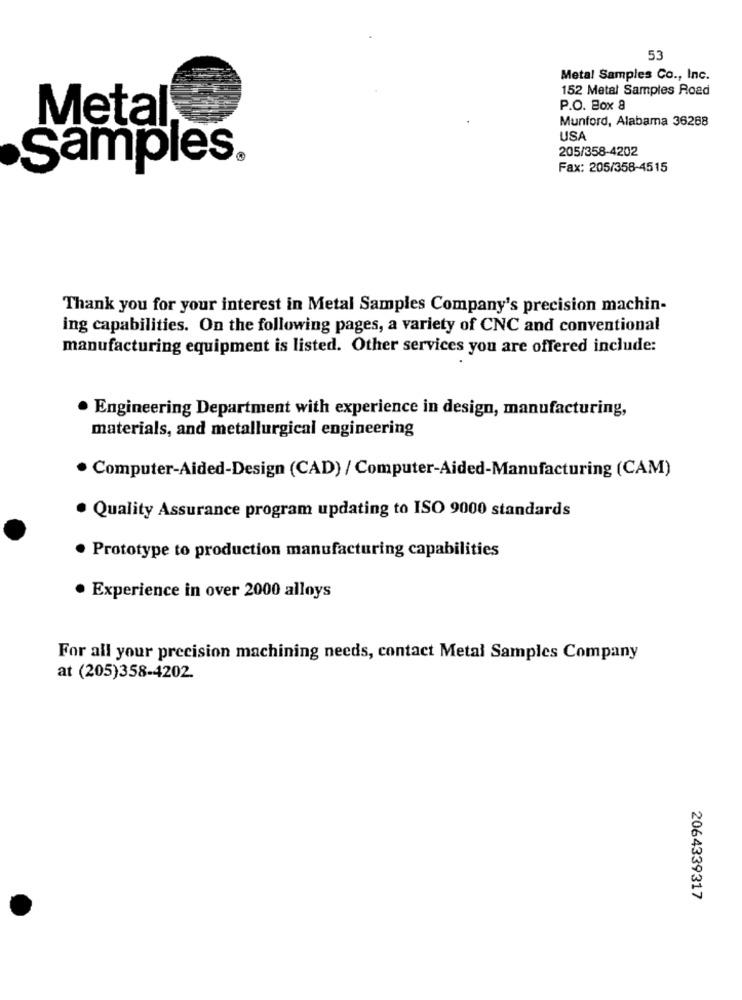
53
Metal Samples Co ., Inc.
152 Metal Samples Road
P.O. Box 8
Metal
Munford, Alabama 36288
USA
205/358-4202
Samples.
Fax: 205/358-4515
Thank you for your interest in Metal Samples Company's precision machin-
ing capabilities. On the following pages, a variety of CNC and conventional
manufacturing equipment is listed. Other services you are offered include:
· Engineering Department with experience in design, manufacturing,
materials, and metallurgical engineering
Computer-Aided-Design (CAD) / Computer-Aided-Manufacturing (CAM)
· Quality Assurance program updating to ISO 9000 standards
Prototype to production manufacturing capabilities
Experience in over 2000 alloys
For all your precision machining needs, contact Metal Samples Company
at (205)358-4202.
2064339317